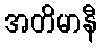
အတိမာနီ